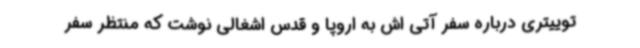
توییتری درباره سفر آتی اش به اروپا و قدس اشغالی نوشت که منتظر سفر